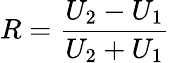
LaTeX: R=\frac{U_{2}-U_{1}}{U_{2}+U_{1}}